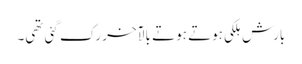
بارش ہلکی ہوتے ہوتے بالآخر رک گئی تھی۔